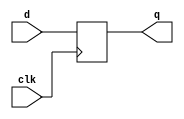
`timescale 1ns / 1ps
//////////////////////////////////////////////////////////////////////////////////
// Company: 
// Engineer: 
// 
// Design Name: 
// Module Name: D_Flipflop
// Project Name: 
// Target Devices: 
// Tool Versions: 
// Description: 
// 
// Dependencies: 
// 
// Revision:
// Revision 0.01 - File Created
// Additional Comments:
// 
//////////////////////////////////////////////////////////////////////////////////


module d_flip_flop (
    input wire clk,
    input wire d,
    output reg q
);
    always @(posedge clk) begin
        q <= d;
    end
endmodule